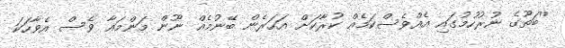
''ބަތޫގެ ނުރުހުމުގައި އެއްވެސްކަމެއް ކުރާކަށް އަހަރެން ބޭނުމެއް ނޫން މަންމައާ ވެސް އެވާހަކަ